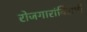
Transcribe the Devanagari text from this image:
रोजगारांविरोधी